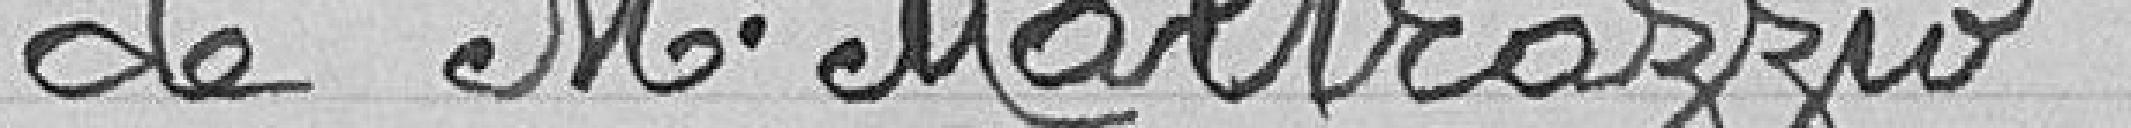
de M. Maltrazzio